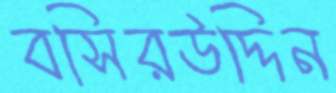
বসিরউদ্দিন